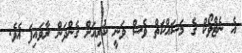
އެ ނެޓްވޯކް ގެ މަސައްކަތް ވެސް ވަނީ ކުރިއަށް ގެންދަން ރާވައިފަ އެވެ.